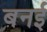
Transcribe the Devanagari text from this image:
बनई